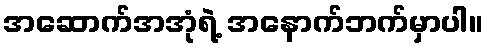
အဆောက်အအုံရဲ့ အနောက်ဘက်မှာပါ။